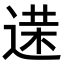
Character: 𨔘